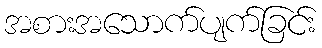
အစားအသောက်ပျက်ခြင်း